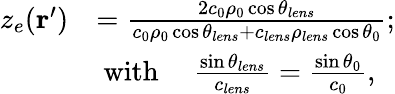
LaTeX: \begin{array}{rl}{z_{e}(\textbf{r}^{\prime})}&{=\frac{2c_{0}\rho_{0}\cos\theta_{lens}}{c_{0}\rho_{0}\cos\theta_{lens}+c_{lens}\rho_{lens}\cos\theta_{0}};}\\ &{\mathrm{~with~}\quad\frac{\sin\theta_{lens}}{c_{lens}}=\frac{\sin\theta_{0}}{c_{0}},}\end{array}